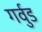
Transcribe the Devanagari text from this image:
गर्वुड